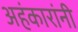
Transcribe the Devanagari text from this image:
अहंकारांनी